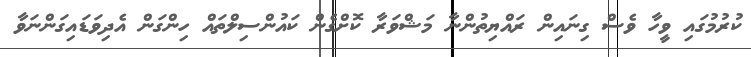
ކުރުމުގައި ވީހާ ވެސް ގިނައިން ރައްޔިތުންނާ މަޝްވަރާ ކޮށްގެން ކައުންސިލްތައް ހިންގަން އެދިވަޑައިގަންނަވާ